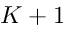
K + 1